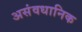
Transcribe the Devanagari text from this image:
असंवधानिक